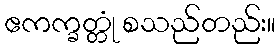
ဧကက္ခတ္တုံ စသည်တည်း။